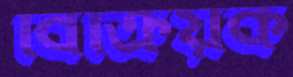
বিক্রিয়ক